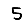
Digit: 5